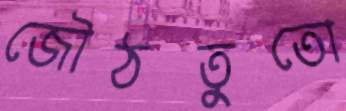
জৌঠতুতো